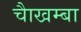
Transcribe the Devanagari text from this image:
चाैखम्बा